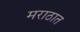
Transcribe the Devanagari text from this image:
मराठात